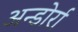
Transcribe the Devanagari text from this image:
अन्डोर्रा